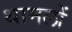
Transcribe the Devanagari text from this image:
थामलों